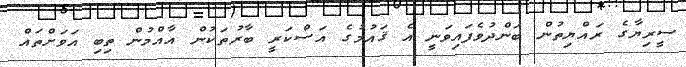
ސީރިޔާގެ ރައްޔިތުން ބަންދުވެފައިވަނީ އެ ޤައުމުގެ އަސްކަރީ ބާރުތަކުން އާއްމުން ތިބި އަވަށްތައް